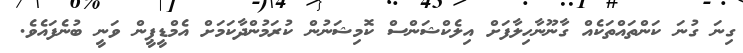
ގިނަ ގުނަ ކަންތައްތަކެއް ގާނޫނާހިލާފަށް އިލެކްޝަންސް ކޮމިޝަނުން ކުރަމުންދާކަމަށް އެމްޑީޕީން ވަނީ ބުނެފައެވެ.